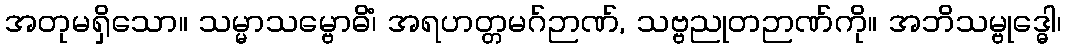
အတုမရှိသော။ သမ္မာသမ္ဗောဓိံ၊ အရဟတ္တမဂ်ဉာဏ်, သဗ္ဗညုတဉာဏ်ကို။ အဘိသမ္ဗုဒ္ဓေါ၊